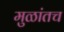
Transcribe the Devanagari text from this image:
मुळांतच